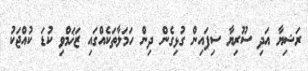
ރަޝިޔާ އަދި ސޫރިޔާ ސިފައިން ގުޅިގެން ދިން ހަމަލާތަކެއްގައި ޒަޚަމްވި ކުޑަ ކުއްޖަކު